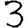
Digit: 3